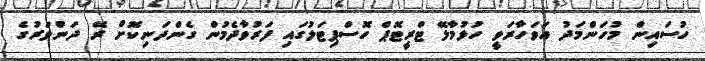
ހުސައިން މުހަންމަދު އަވަހާރަވީ ހުޅުމާލޭ ޓްރީޓޮޕް ހޮސްޕިޓަލުގައި ފަރުވާދެމުން ގެންދަނިކޮށް ރޭ ދަންވަރުގެ